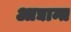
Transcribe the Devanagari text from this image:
आद्यान्त